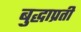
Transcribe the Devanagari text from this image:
बुद्धाप्रती